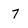
Character: 7